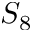
S _ { 8 }